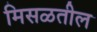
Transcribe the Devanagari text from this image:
मिसळतील